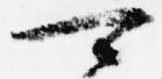
可